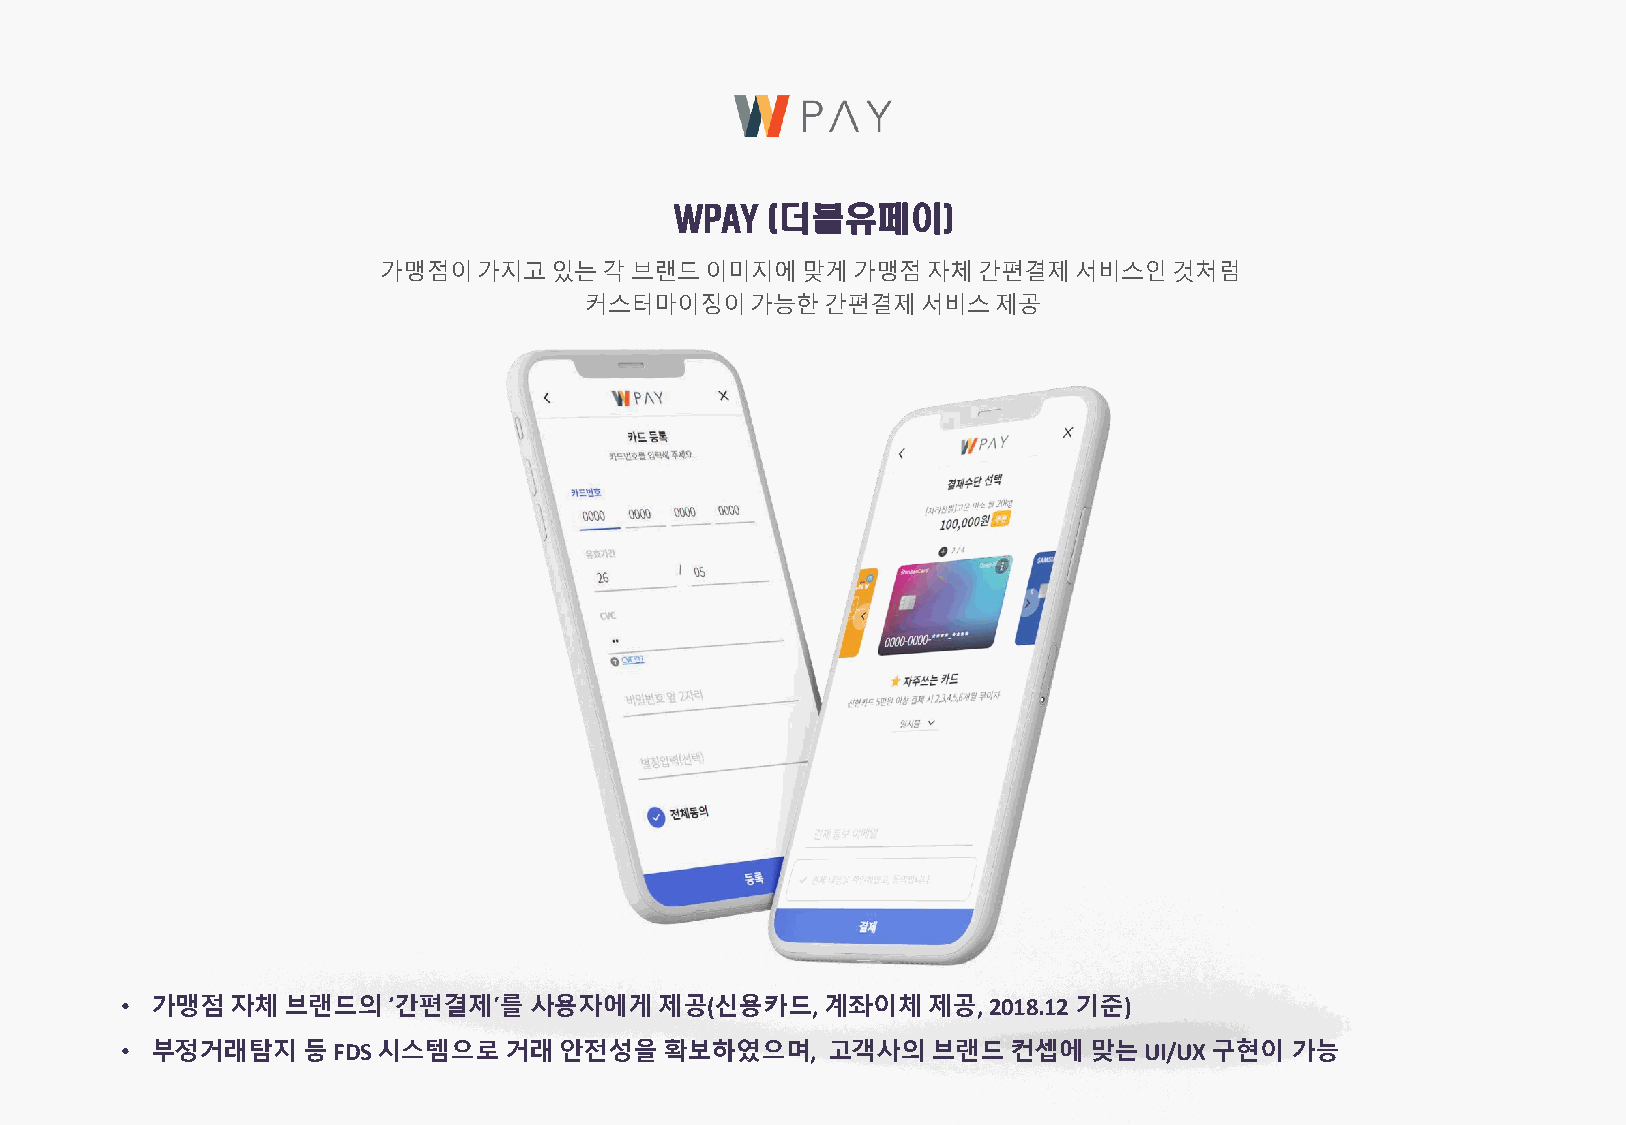
WPAY  (더블유페이)
 가맹점이가지고있는각브랜드이미지에맞게가맹점자체간편결제서비스인것처럼
 커스터마이징이가능한간편결제서비스제공
 • 가맹점자체브랜드의‘간편결제’를사용자에게제공(신용카드,                계좌이체제공,   2018.12 기준)
 • 부정거래탐지등FDS     시스템으로거래안전성을확보하였으며,            고객사의브랜드컨셉에맞는UI/UX        구현이가능